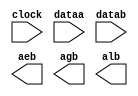
// megafunction wizard: %ALTFP_COMPARE%VBB%
// GENERATION: STANDARD
// VERSION: WM1.0
// MODULE: altfp_compare 

// ============================================================
// Megafunction Name(s):
// 			altfp_compare
//
// Simulation Library Files(s):
// 			lpm
// ============================================================
// ************************************************************
// THIS IS A WIZARD-GENERATED FILE. DO NOT EDIT THIS FILE!
//
// 17.0.0 Build 595 04/25/2017 SJ Lite Edition
// ************************************************************

//Copyright (C) 2017  Intel Corporation. All rights reserved.
//Your use of Intel Corporation's design tools, logic functions 
//and other software and tools, and its AMPP partner logic 
//functions, and any output files from any of the foregoing 
//(including device programming or simulation files), and any 
//associated documentation or information are expressly subject 
//to the terms and conditions of the Intel Program License 
//Subscription Agreement, the Intel Quartus Prime License Agreement,
//the Intel MegaCore Function License Agreement, or other 
//applicable license agreement, including, without limitation, 
//that your use is for the sole purpose of programming logic 
//devices manufactured by Intel and sold by Intel or its 
//authorized distributors.  Please refer to the applicable 
//agreement for further details.

module float_compare (
	clock,
	dataa,
	datab,
	aeb,
	agb,
	alb)/* synthesis synthesis_clearbox = 1 */;

	input	  clock;
	input	[31:0]  dataa;
	input	[31:0]  datab;
	output	  aeb;
	output	  agb;
	output	  alb;

endmodule

// ============================================================
// CNX file retrieval info
// ============================================================
// Retrieval info: PRIVATE: FPM_FORMAT NUMERIC "0"
// Retrieval info: PRIVATE: INTENDED_DEVICE_FAMILY STRING "Cyclone V"
// Retrieval info: PRIVATE: SYNTH_WRAPPER_GEN_POSTFIX STRING "0"
// Retrieval info: LIBRARY: altera_mf altera_mf.altera_mf_components.all
// Retrieval info: CONSTANT: INTENDED_DEVICE_FAMILY STRING "Cyclone V"
// Retrieval info: CONSTANT: PIPELINE NUMERIC "1"
// Retrieval info: CONSTANT: WIDTH_EXP NUMERIC "8"
// Retrieval info: CONSTANT: WIDTH_MAN NUMERIC "23"
// Retrieval info: USED_PORT: aeb 0 0 0 0 OUTPUT NODEFVAL "aeb"
// Retrieval info: USED_PORT: agb 0 0 0 0 OUTPUT NODEFVAL "agb"
// Retrieval info: USED_PORT: alb 0 0 0 0 OUTPUT NODEFVAL "alb"
// Retrieval info: USED_PORT: clock 0 0 0 0 INPUT NODEFVAL "clock"
// Retrieval info: USED_PORT: dataa 0 0 32 0 INPUT NODEFVAL "dataa[31..0]"
// Retrieval info: USED_PORT: datab 0 0 32 0 INPUT NODEFVAL "datab[31..0]"
// Retrieval info: CONNECT: @clock 0 0 0 0 clock 0 0 0 0
// Retrieval info: CONNECT: @dataa 0 0 32 0 dataa 0 0 32 0
// Retrieval info: CONNECT: @datab 0 0 32 0 datab 0 0 32 0
// Retrieval info: CONNECT: aeb 0 0 0 0 @aeb 0 0 0 0
// Retrieval info: CONNECT: agb 0 0 0 0 @agb 0 0 0 0
// Retrieval info: CONNECT: alb 0 0 0 0 @alb 0 0 0 0
// Retrieval info: GEN_FILE: TYPE_NORMAL float_compare.v TRUE
// Retrieval info: GEN_FILE: TYPE_NORMAL float_compare.inc FALSE
// Retrieval info: GEN_FILE: TYPE_NORMAL float_compare.cmp FALSE
// Retrieval info: GEN_FILE: TYPE_NORMAL float_compare.bsf FALSE
// Retrieval info: GEN_FILE: TYPE_NORMAL float_compare_inst.v FALSE
// Retrieval info: GEN_FILE: TYPE_NORMAL float_compare_bb.v TRUE
// Retrieval info: LIB_FILE: lpm